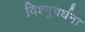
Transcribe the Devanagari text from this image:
विश्नुवर्धना